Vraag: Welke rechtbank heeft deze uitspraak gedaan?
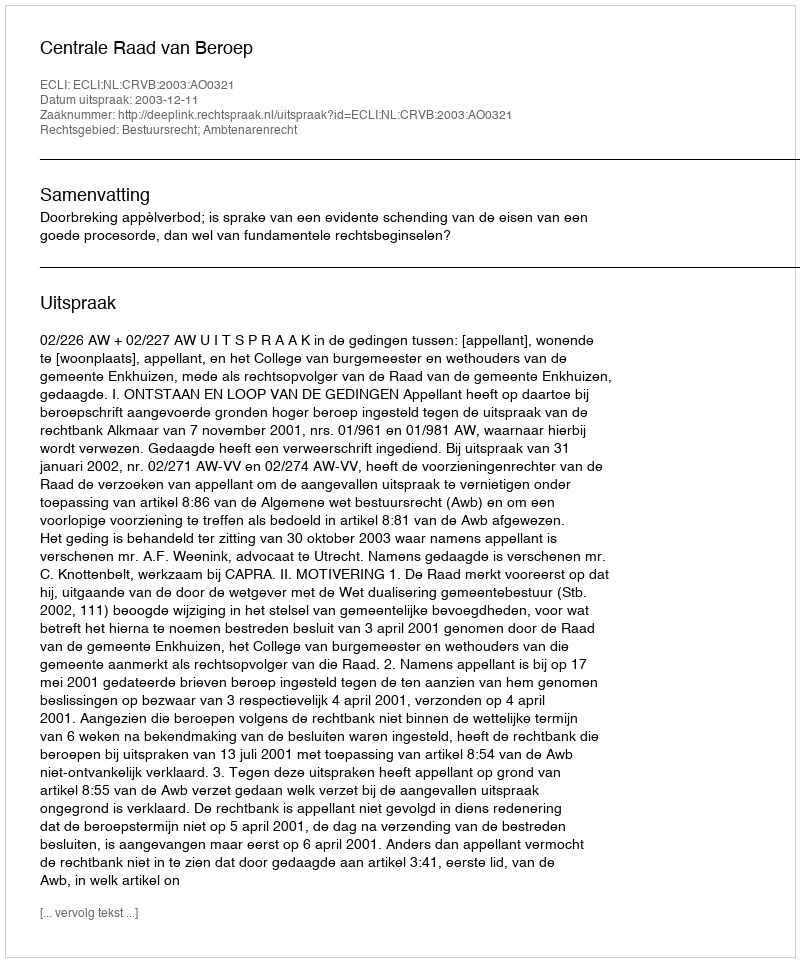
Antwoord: Centrale Raad van Beroep